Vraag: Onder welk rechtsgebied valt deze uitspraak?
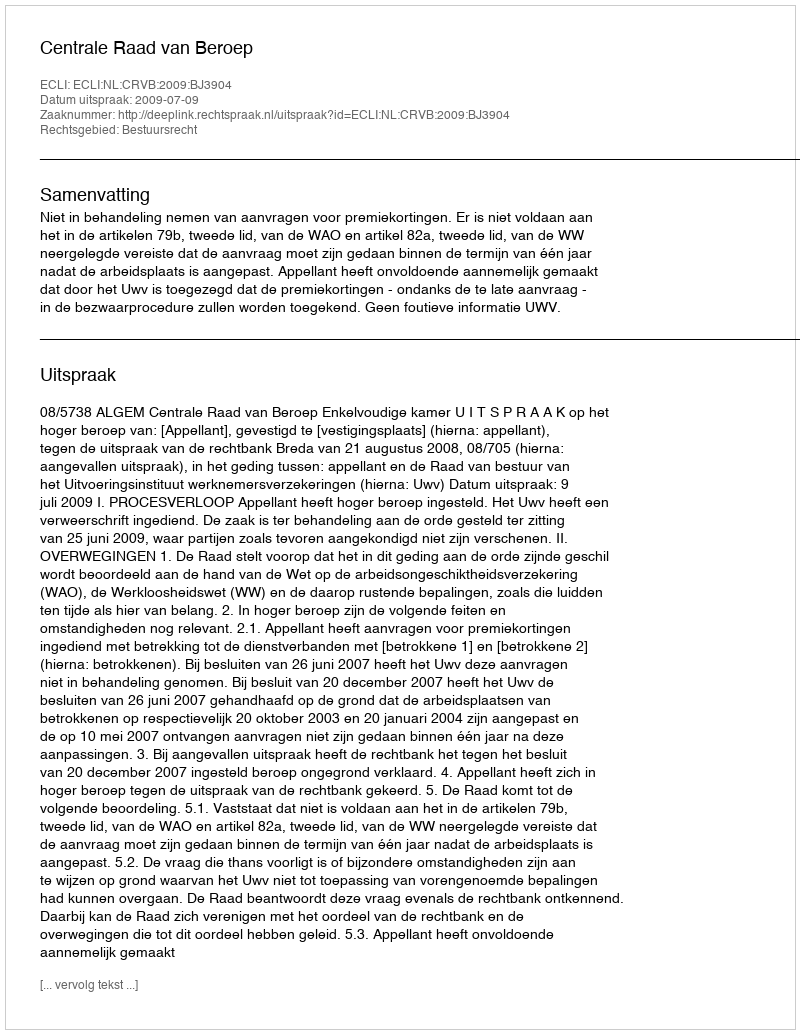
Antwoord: Bestuursrecht